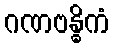
ဂဏဗန္ဓိကံ